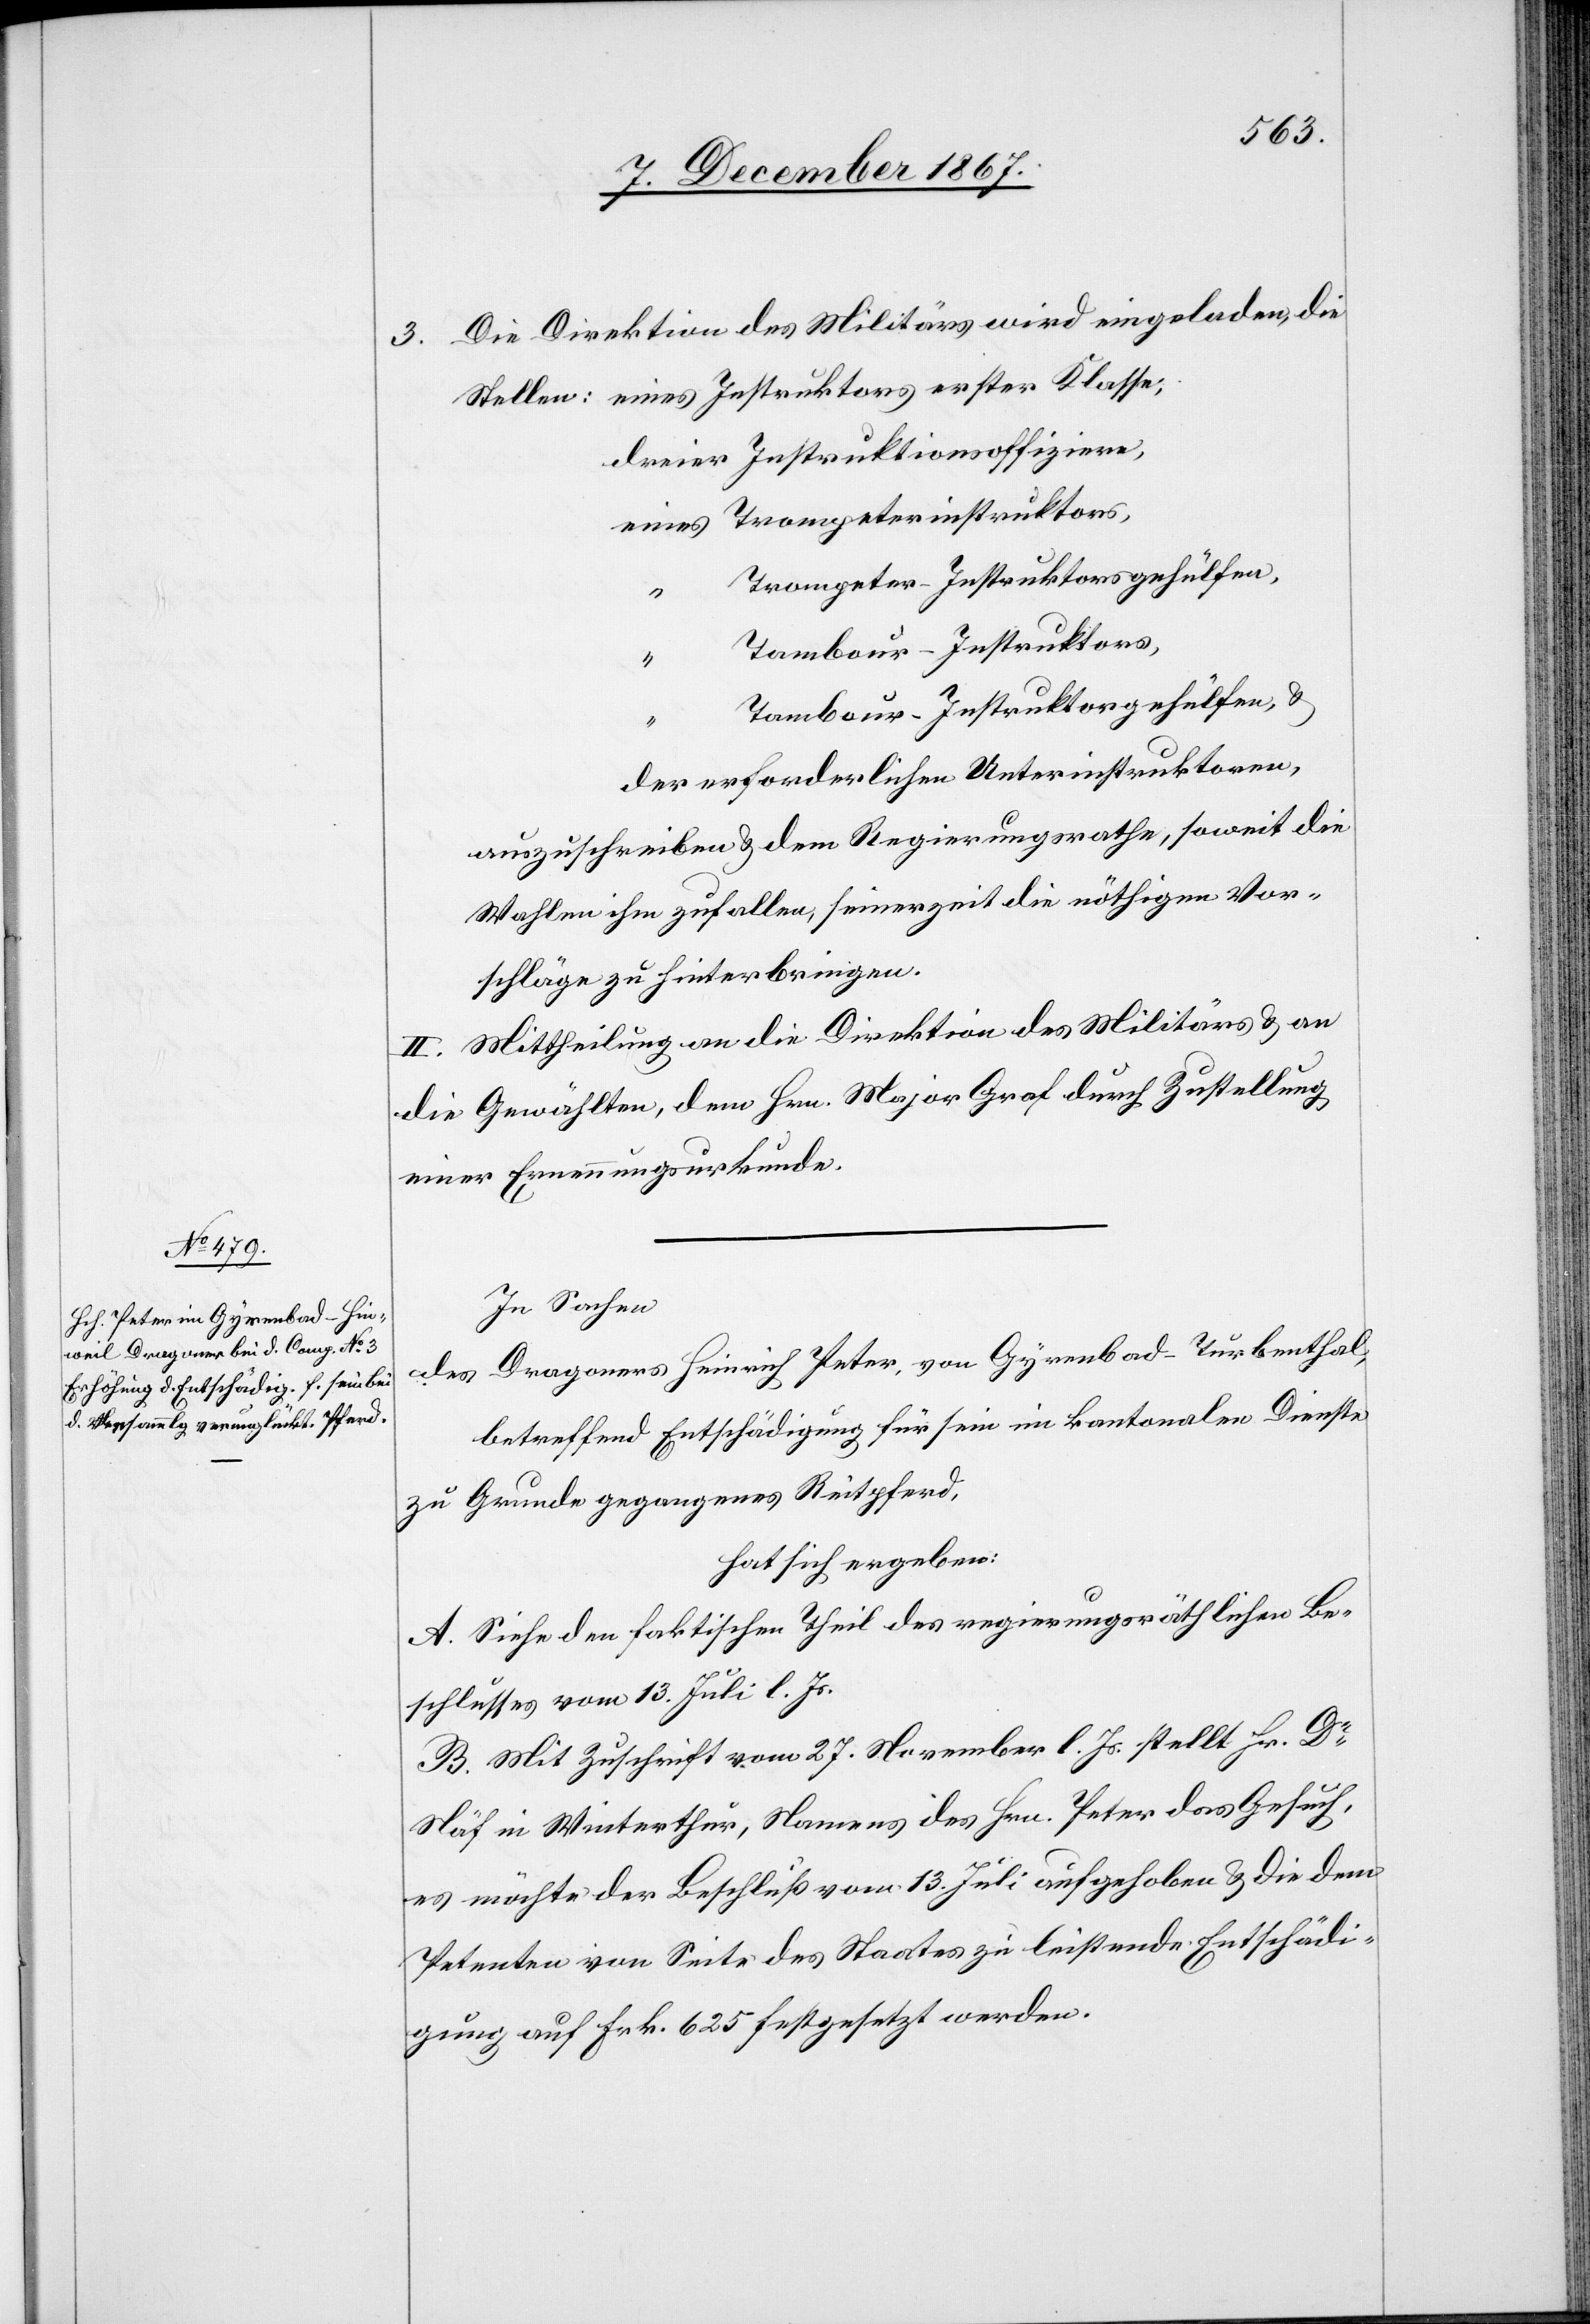
3. Die Direktion des Militärs wird eingeladen, die
Trompeter-Instruktorsgehülfen,
eines
Tambour-Instruktors,
Tambour-Instruktorsgehülfen, u.
der erforderlichen Unterinstruktoren,
auszuschreiben u. dem Regierungsrathe, soweit die
Wahlen ihm zufallen, seinerzeit die nöthigen Vor¬
schläge zu hinterbringen.
II. Mittheilung an die Direktion des Militärs u. an
die Gewählten, dem Hrn. Major Grad durch Zustellung
einer Ernennungsurkunde.
In Sachen
des Dragoners Heinrich Peter, von Gyrenbad-Turbenthal
betreffend Entschädigung für sein im kantonalen Dienste
zu Grunde gegangenes Reitpferd,
hat sich ergeben:
A. Siehe den faktischen Theil der regierungsräthlichen Be¬
schlusses vom 13. Juli l. Js.
B. Mit Zuschrift vom 27. November l. Js. stellt Hr. Dr.
Näf in Winterthur, Namens des Hrn. Peter das Gesuch,
es möchte der Beschluß vom 13. Juli aufgehoben u. die dem
Petenten von Seite des Staates zu leistende Entschädi¬
gung auf Frk. 625 festgesetzt werden.